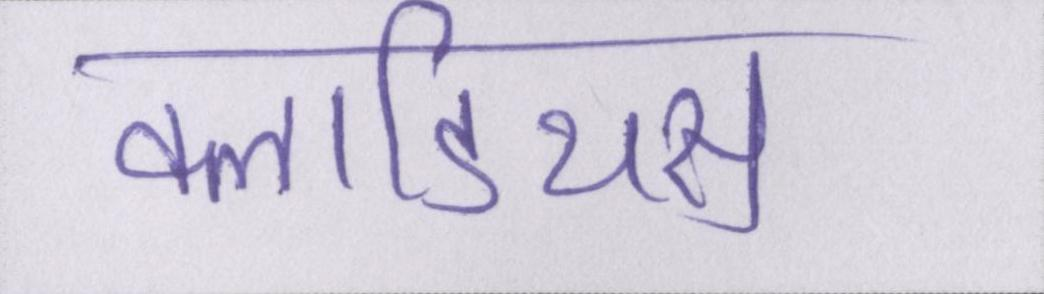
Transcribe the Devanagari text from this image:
क्लाडियस